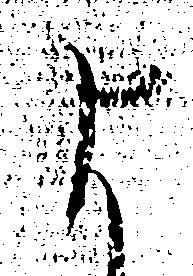
よ